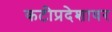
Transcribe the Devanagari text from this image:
कटीप्रदेशावर